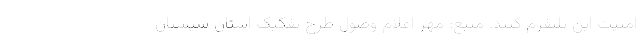
امنیت این پلتفرم کنند. منبع: مهر اعلام وصول طرح تفکیک استان سیستان